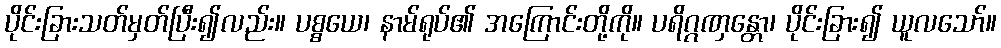
ပိုင်းခြားသတ်မှတ်ပြီး၍လည်း။ ပစ္စယေ၊ နာမ်ရုပ်၏ အကြောင်းတို့ကို။ ပရိဂ္ဂဏှန္တော၊ ပိုင်းခြား၍ ယူလသော်။